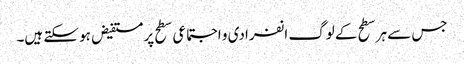
جس سے ہر سطح کے لوگ انفرادی و اجتماعی سطح پر مستفیض ہو سکتے ہیں۔